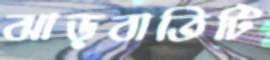
ঝাড়বাতিটি